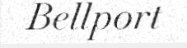
Bellport